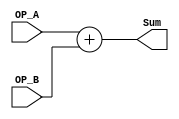
// he adder without Cin
// Copyright (C) 2024  LiuBingxu

// This program is free software: you can redistribute it and/or modify
// it under the terms of the GNU General Public License as published by
// the Free Software Foundation, either version 3 of the License, or
// (at your option) any later version.

// This program is distributed in the hope that it will be useful,
// but WITHOUT ANY WARRANTY; without even the implied warranty of
// MERCHANTABILITY or FITNESS FOR A PARTICULAR PURPOSE.  See the
// GNU General Public License for more details.

// You should have received a copy of the GNU General Public License
// along with this program.  If not, see <https://www.gnu.org/licenses/>.

// Please contact me through the following email: <qwe15889844242@163.com>

module add_without_Cin #(parameter DATA_LEN=32)(
    input  [DATA_LEN-1:0]   OP_A,
    input  [DATA_LEN-1:0]   OP_B,
    output [DATA_LEN-1:0]   Sum
);

wire [DATA_LEN-1:0] a,b,s; 

assign a = OP_A;
assign b = OP_B;
assign Sum = s;

assign s = a + b;

endmodule //adadd_with_Cin